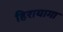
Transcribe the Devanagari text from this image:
हिरायामा